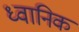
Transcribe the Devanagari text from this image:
ध्‍वानिक